Leaving Certificate Examination (including Day School Certificate (Higher) General paper), 1926
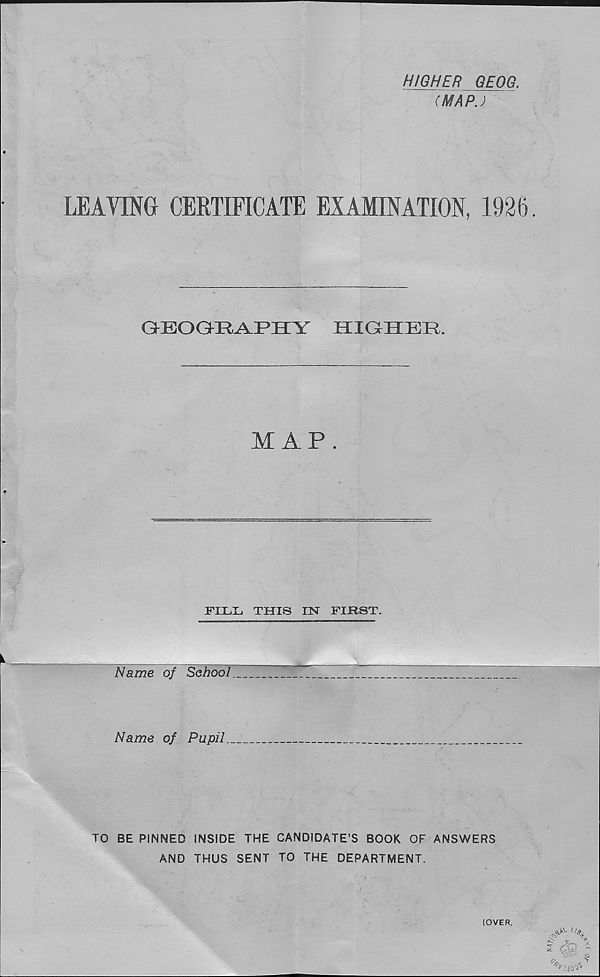
HIGHER GEOG.
(MAP.)
LEAVING CERTIFICATE EXAMINATION, 1926
GEOGRAPH Y
HIGHER.
MAP.
FILL THIS IN FIRST.
Name of School.
Name of Pupil.
TO BE PINNED INSIDE THE CANDIDATE’S BOOK OF ANSWERS
AND THUS SENT TO THE DEPARTMENT.
[OVER,